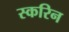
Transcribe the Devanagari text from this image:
स्करिन